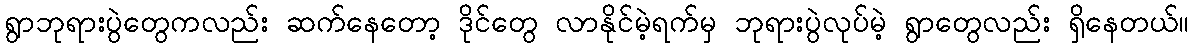
ရွာဘုရားပွဲတွေကလည်း ဆက်နေတော့ ဒိုင်တွေ လာနိုင်မဲ့ရက်မှ ဘုရားပွဲလုပ်မဲ့ ရွာတွေလည်း ရှိနေတယ်။